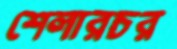
শেলারচর